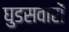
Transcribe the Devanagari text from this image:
घुडसवारों